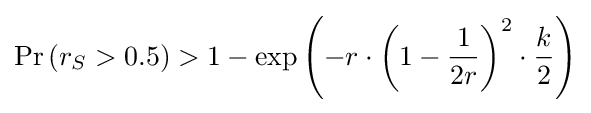
\Pr \left(r_{S}>0.5\right)>1-\exp \left(-r\cdot \left(1-{\frac {1}{2r}}\right)^{2}\cdot {\frac {k}{2}}\right)